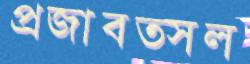
প্রজাবত্সল